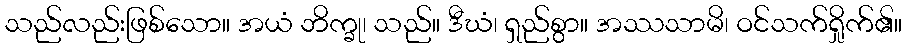
သည်လည်းဖြစ်သော။ အယံ ဘိက္ခု၊ သည်။ ဒီဃံ၊ ရှည်စွာ။ အဿသာမိ၊ ဝင်သက်ရှိုက်၏။